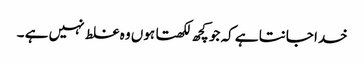
خدا جانتا ہے کہ جو کچھ لکھتا ہوں وہ غلط نہیں ہے ۔